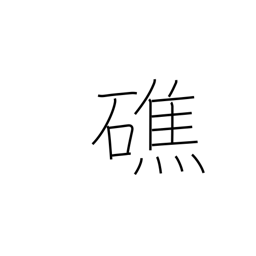
Meaning: sunken rock